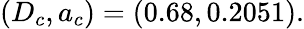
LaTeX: (D_{c},a_{c})=(0.68,0.2051).